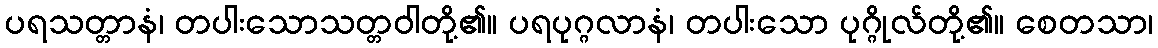
ပရသတ္တာနံ၊ တပါးသောသတ္တဝါတို့၏။ ပရပုဂ္ဂလာနံ၊ တပါးသော ပုဂ္ဂိုလ်တို့၏။ စေတသာ၊